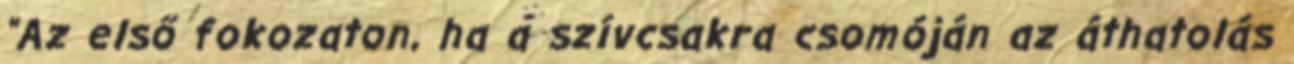
"Az első fokozaton, ha a szívcsakra csomóján az áthatolás